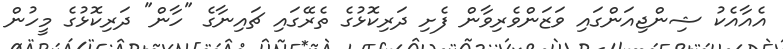
އެއާއެކު ޝިންޖިއަންގައި ވަޒަންވެރިވާން ފެށި ދަރިކޮޅުގެ ތެރޭގައި ޗައިނާގެ "ހާން" ދަރިކޮޅުގެ މީހުން